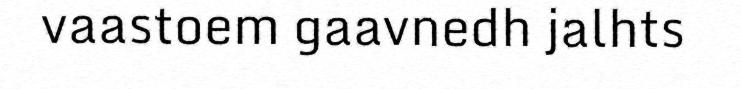
vaastoem gaavnedh jalhts